Veterinary regulations India, 1925 -
Year: 1925
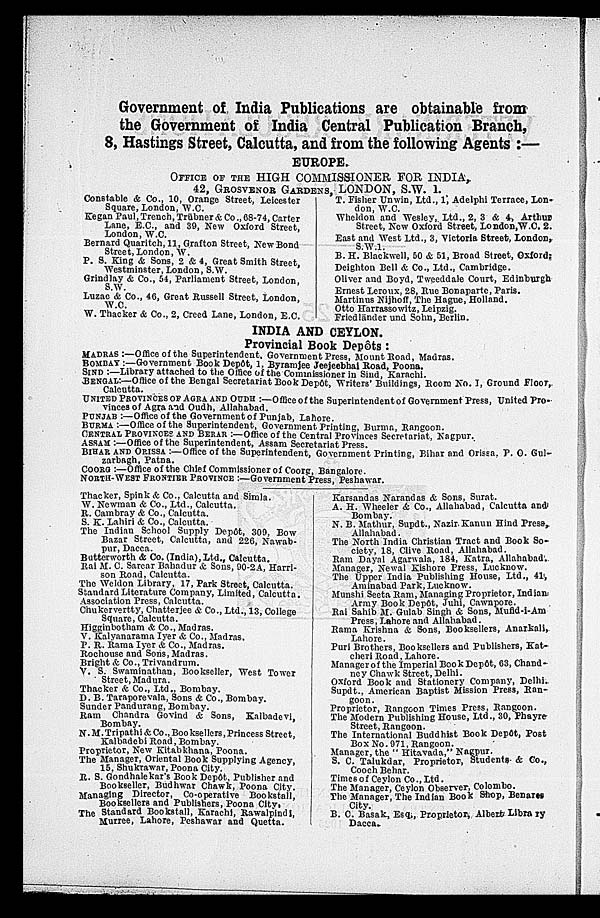
Government of India Publications are obtainable from
the Government of India Central Publication Branch,
8, Hastings Street, Calcutta, and from the following Agents :—
EUROPE.
OFFICE OF THE HIGH COMMISSIONER FOR INDIA,
42, GROSVENOR GARDENS, LONDON. S.W. 1.
Constable & Co., 10, Orange Street, Leicester
Square, London, W.C.
Kegan Paul, Trench, Trübner & Co., 68-74, Carter
Lane, E.C., and 39, New Oxford Street,
London, W.C.
Bernard Quaritch, 11, Grafton Street, New Bond
Street, London, W.
P. S. King & Sons, 2 & 4, Great Smith Street,
Westminster, London, S.W.
Grindlay & Co., 54, Parliament Street, London,
S.W.
Luzac & Co., 46, Great Russell Street, London,
W.C.
W. Thacker & Co., 2, Creed Lane, London, E.C.
T. Fisher Unwin, Ltd., 1, Adelphi Terrace, Lon-
don, W.C.
Wheldon and Wesley, Ltd., 2, 3 & 4, Arthur
Street, New Oxford Street, London, W.C. 2.
East and West Ltd., 3, Victoria Street, London,
S.W.1.
B. H. Blackwell, 50 & 51, Broad Street, Oxfords
Deighton Bell & Co., Ltd., Cambridge.
Oliver and Boyd, Tweeddale Court, Edinburgh
Ernest Leroux, 28, Rue Bonaparte, Paris.
Martinus Nijhoff, The Hague, Holland.
Otto Harrassowitz, Leipzig.
Friedländer und Sohn, Berlin.
INDIA AND CEYLON.
Provincial Book Depôts :
MADRAS :—Office of the Superintendent. Government Press, Mount Road, Madras.
BOMBAY :—Government Book Depôt, 1, Byramjee Jeejeebhai Road, Poona.
SIND :—Library attached to the Office of the Commissioner in Sind, Karachi.
BENGAL :—Office of the Bengal Secretariat Book Depôt, Writers' Buildings, Room No. I, Ground Floor,
UNITED PROVINCES OF AGRA AND OUDH :—Office of the Superintendent of Government Press, United Pro-
vinces of Agra and Oudh, Allahabad.
PUNJAB :—Office of the Government of Punjab, Lahore.
BURMA :—Office of the Superintendent, Government Printing, Burma, Rangoon.
CENTRAL PROVINCES AND BERAR :—Office of the Central Provinces Secretariat, Nagpur.
ASSAM :—Office of the Superintendent, Assam Secretariat Press.
BIHAR AND ORISSA :—Office of the Superintendent, Government Printing, Bihar and Orissa. P. O. Gul-
zarbagh, Patna.
COORG :—Office of the Chief Commissioner of Coorg, Bangalore.
NORTH-WEST FRONTIER PROVINCE :—Government Press, Peshawar.
Thacker, Spink & Co., Calcutta and Simla.
W. Newman & Co., Ltd., Calcutta.
R. Cambray & Co., Calcutta.
S. K. Lahiri & Co., Calcutta.
The Indian School Supply Depôt, 309, Bow
Bazar Street, Calcutta, and 226, Nawab-
pur, Dacca.
Butterworth & Co. (India), Ltd., Calcutta.
Rai M. C. Sarcar Bahadur & Sons, 90-2A, Harri-
son Road, Calcutta.
The Weldon Library, 17, Park Street, Calcutta.
Standard Literature Company, Limited, Calcutta.
Association Press, Calcutta.
Chukervertty, Chatterjee & Co., Ltd., 13, College
Square, Calcutta.
Higginbotham & Co., Madras.
V. Kalyanarama Iyer & Co., Madras.
P. R. Rama Iyer & Co., Madras.
Rochouse and Sons, Madras.
Bright & Co., Trivandrum.
V. S. Swaminathan, Bookseller, West Tower
Street, Madura.
Thacker & Co., Ltd., Bombay.
D. B. Taraporevala, Sons & Co., Bombay.
Sunder Pandurang, Bombay.
Ram Chandra Govind & Sons, Kalbadevi,
Bombay.
N. M. Tripathi & Co., Booksellers, Princess Street,
Kalbadebi Road, Bombay.
Proprietor, New Kitabkhana, Poona.
The Manager, Oriental Book Supplying Agency,
15. Shukrawar, Poona City.
R. S. Gondhalekar's Book Depôt, Publisher and
Bookseller, Budhwar Chawk, Poona City.
Managing Director, Co-operative Bookstall,
Booksellers and Publishers, Poona City.
The Standard Bookstall, Karachi, Rawalpindi,
Murree, Lahore, Peshawar and Quetta.
Karsandas Narandas & Sons, Surat.
A. H. Wheeler & Co., Allahabad, Calcutta and
Bombay.
N. B. Mathur, Supdt., Nazir Kanun Hind Press,
Allahabad.
The North India Christian Tract and Book So-
ciety, 18, Clive Road, Allahabad.
Ram Dayal Agarwala, 184, Katra, Allahabad.
Manager, Newal Kishore Press, Lucknow.
The Upper India Publishing House, Ltd., 41,
Aminabad Park, Lucknow.
Munshi Seeta Ram, Managing Proprietor, Indian.
Army Book Depôt, Juhi, Cawnpore.
Rai Sahib M. Gulab Singh & Sons, Mufid-i-Am
Press, Lahore and Allahabad .
Rama Krishna & Sons, Booksellers, Anarkali,
Lahore.
Puri Brothers, Booksellers and Publishers, Kat-
cheri Road, Lahore.
Manager of the Imperial Book Depôt, 63, Chand-
ney Chawk Street, Delhi.
Oxford Book and Stationery Company, Delhi.
Supdt., American Baptist Mission Press, Ran-
goon-
Proprietor, Rangoon Times Press, Rangoon.
The Modern Publishing House, Ltd., 30, Phayre-
Street, Rangoon.
The International Buddhist Book Depôt, Post
Box No. 971, Rangoon.
Manager, the " Hitavada," Nagpur.
S. C. Talukdar, Proprietor, Students & Co.,
Cooch Behar.
Times of Ceylon Co., Ltd.
The Manager, Ceylon Observer, Colombo.
The Manager, The Indian Book Shop, Benares
City.
B. C. Basak, Esq., Proprietor, Albert Library
Dacca.